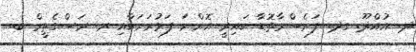
ދ. އުއްދޫ. ގދ. ފަރެސްމާތޮޑާ ކައިރީ އޮންނަ ފަޅުރަށަކާއި ރ. ރަސްގެތީމް ބ.